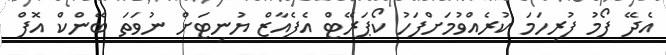
އެދޭ ފޯމު ފުރިހަމަ ކުރެއްވުމަށްފަހު ކޯޕަރޭޓް އެފެއާޒް ޔުނިޓަށް ނުވަތަަ ބޭންކް އޮފް